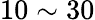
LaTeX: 10\sim 30